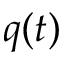
q ( t )